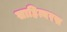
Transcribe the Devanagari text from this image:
साहित्यरस